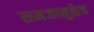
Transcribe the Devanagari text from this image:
समजामुळेच